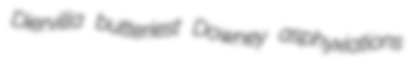
Diervilla butteriest Downey asphyxiations